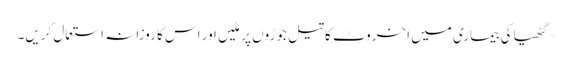
*گٹھیا کی بیماری میں اخروٹ کا تیل جوڑوں پر مَلیں اور اس کا روزانہ استعمال کریں۔